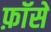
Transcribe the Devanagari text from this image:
फ़ॉसे